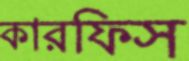
কারফিস